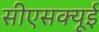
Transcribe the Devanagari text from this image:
सीएसक्यूई